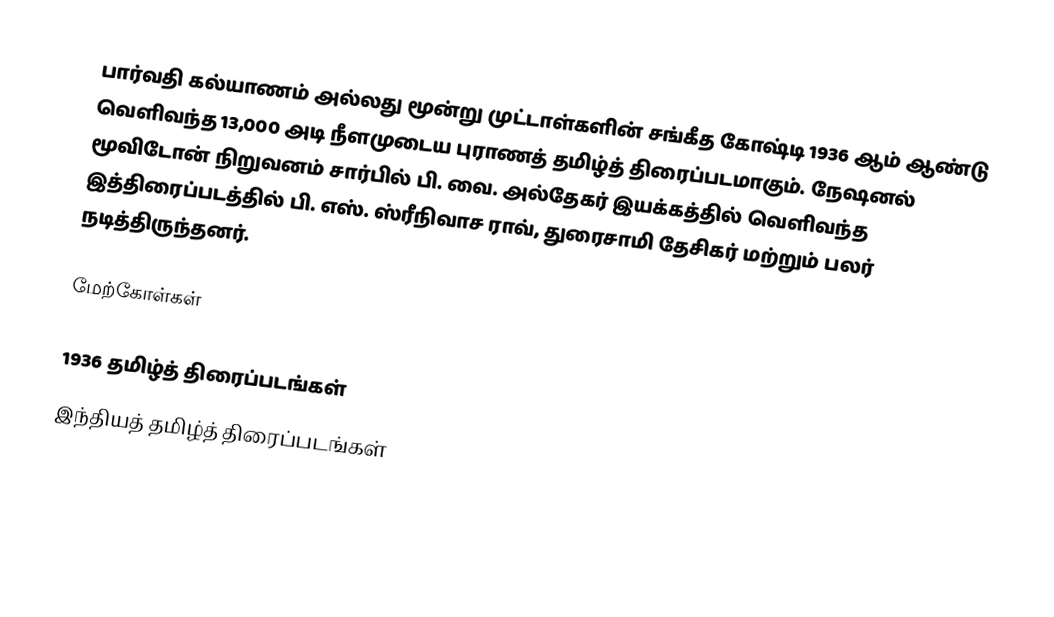
பார்வதி கல்யாணம் அல்லது மூன்று முட்டாள்களின் சங்கீத கோஷ்டி 1936 ஆம் ஆண்டு வெளிவந்த 13,000 அடி நீளமுடைய புராணத் தமிழ்த் திரைப்படமாகும். நேஷனல் மூவிடோன் நிறுவனம் சார்பில் பி. வை. அல்தேகர் இயக்கத்தில் வெளிவந்த இத்திரைப்படத்தில் பி. எஸ். ஸ்ரீநிவாச ராவ், துரைசாமி தேசிகர் மற்றும் பலர் நடித்திருந்தனர்.

மேற்கோள்கள்

1936 தமிழ்த் திரைப்படங்கள்
இந்தியத் தமிழ்த் திரைப்படங்கள்